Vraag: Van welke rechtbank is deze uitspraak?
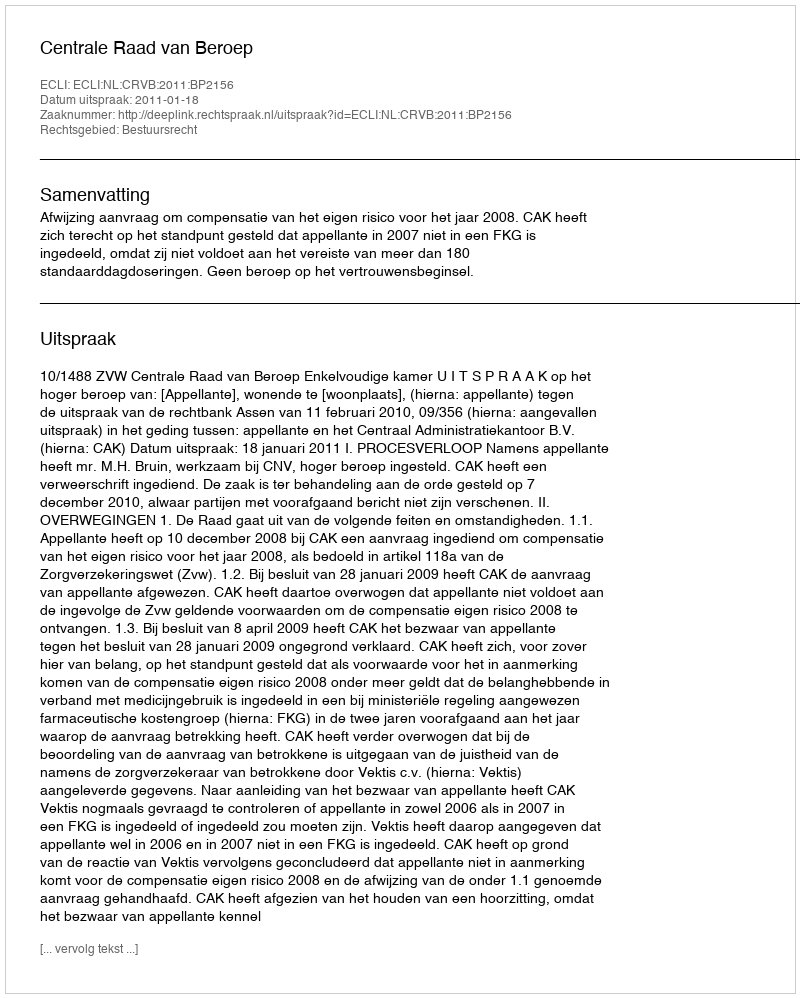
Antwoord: Centrale Raad van Beroep